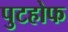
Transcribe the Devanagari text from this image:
पुटहोफ